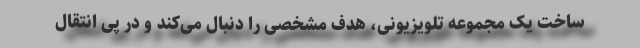
ساخت یک مجموعه تلویزیونی، هدف مشخصی را دنبال می‌کند و در پی انتقال